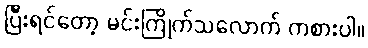
ပြီးရင်တော့ မင်းကြိုက်သလောက် ကစားပါ။